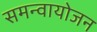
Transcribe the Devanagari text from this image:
समन्वायोजन